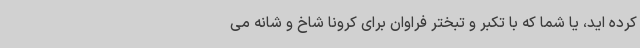
کرده اید، یا شما که با تکبر و تبختر فراوان برای کرونا شاخ و شانه می